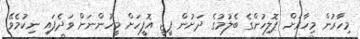
މިހާރުން މިހާރަށް ޕޮލިހުންގެ ބެލުމުގެ ދަށުން ޕީޖީ އޮފީހަށް މީހުންނަށް ވަދެފައި ނިކުމެވޭ